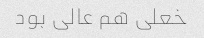
خعلی هم عالی بود